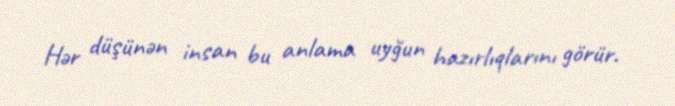
Hər düşünən insan bu anlama uyğun hazırlıqlarını görür.